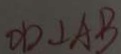
O D \bot A B